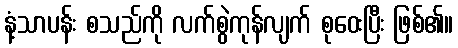
နံ့သာပန်း စသည်ကို လက်စွဲကုန်လျက် စုဝေးပြီး ဖြစ်၏။